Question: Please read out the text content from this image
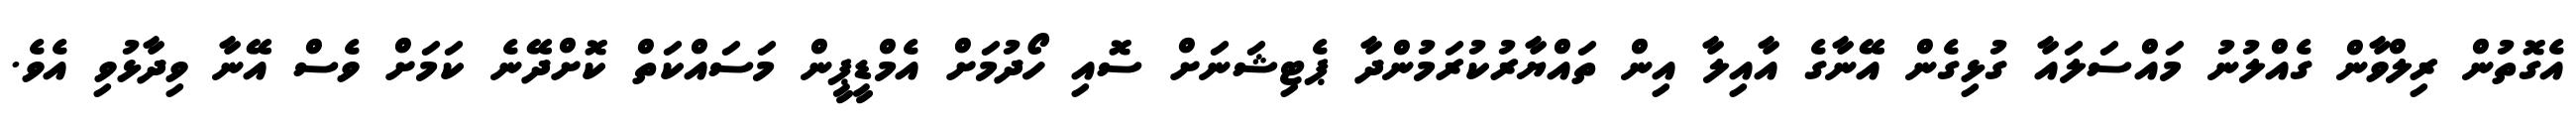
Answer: އެގޮތުން ރިލްވާން ގެއްލުނު މައްސަލައާ ގުޅިގެން އޭނާގެ އާއިލާ އިން ތައްޔާރުކުރަމުންދާ ޕެޓިޝަނަށް ސޮއި ހޯދުމަށް އެމްޑީޕީން މަސައްކަތް ކޮށްދޭނެ ކަމަށް ވެސް އޭނާ ވިދާޅުވި އެވެ.